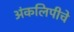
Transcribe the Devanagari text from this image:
अंकलिपीचे